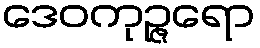
ဒေဝကုဉ္ဇရော